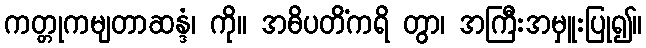
ကတ္တုကမျတာဆန္ဒံ၊ ကို။ အဓိပတိံကရိ တွာ၊ အကြီးအမှူးပြု၍။